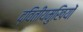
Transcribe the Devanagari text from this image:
द्वितीयमुखियों